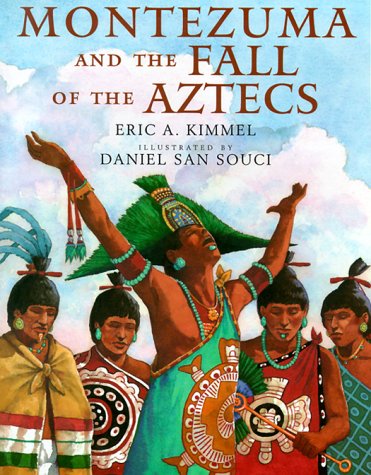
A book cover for Montezuma and the Fall of the Aztecs; Eric A. Kimmel; Children's Books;